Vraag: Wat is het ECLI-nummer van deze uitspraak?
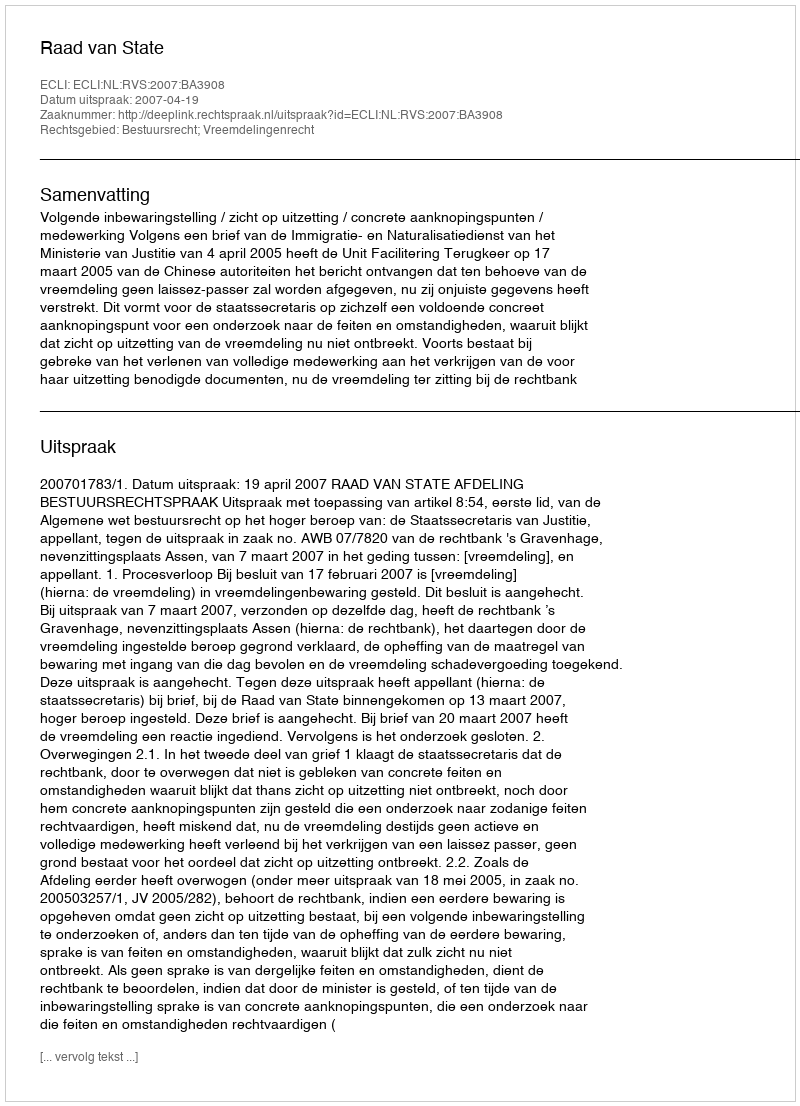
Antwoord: ECLI:NL:RVS:2007:BA3908